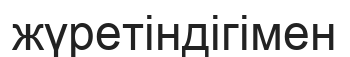
жүретіндігімен